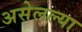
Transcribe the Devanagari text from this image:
असेलल्या